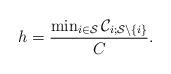
LaTeX: \begin{align*}h=\frac{\min_{i\in\mathcal{S}}\mathcal{C}_{i;\mathcal{S}\setminus\{i\}}}{C}.\end{align*}